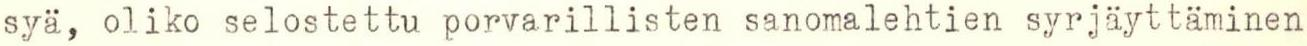
syä, oliko selostettu porvarillisten sanomalehtien syrjäyttäminen